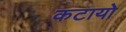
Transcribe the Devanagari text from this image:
कटायो